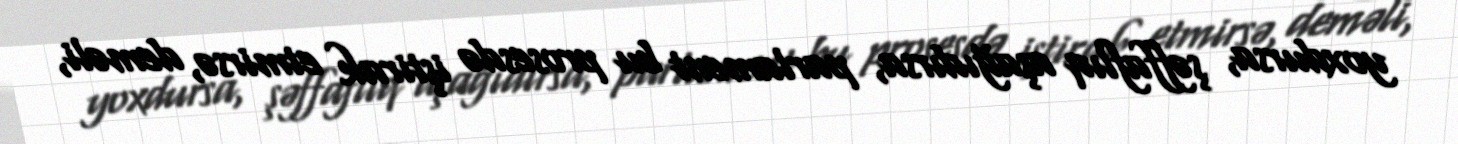
yoxdursa, şəffaflıq aşağıdırsa, parlament bu prosesdə iştirak etmirsə, deməli,